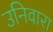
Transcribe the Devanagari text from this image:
उनिवारा